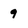
Character: 9